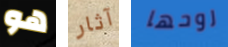
هو آثار روحها